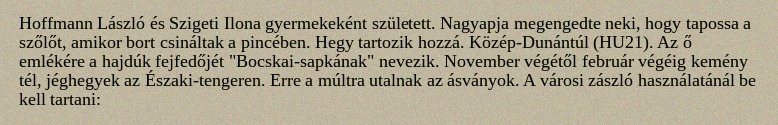
Hoffmann László és Szigeti Ilona gyermekeként született. Nagyapja megengedte neki, hogy tapossa a szőlőt, amikor bort csináltak a pincében. Hegy tartozik hozzá. Közép-Dunántúl (HU21). Az ő emlékére a hajdúk fejfedőjét "Bocskai-sapkának" nevezik. November végétől február végéig kemény tél, jéghegyek az Északi-tengeren. Erre a múltra utalnak az ásványok. A városi zászló használatánál be kell tartani: